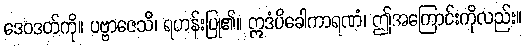
ဒေဝဒတ်ကို။ ပဗ္ဗာဇေသိ၊ ရဟန်းပြု၏။ ဣဒံပိခေါကာရဏံ၊ ဤအကြောင်းကိုလည်း။